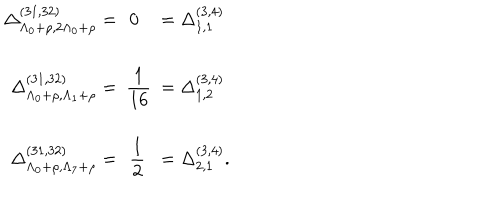
\begin{array} { r c l } { { \Delta _ { \Lambda _ { 0 } + \rho , 2 \Lambda _ { 0 } + \rho } ^ { ( 3 1 , 3 2 ) } = } } & { { \! \! \! 0 \! \! \! } } & { { = \Delta _ { 1 , 1 } ^ { ( 3 , 4 ) } } } \\ { { } } & { { } } & { { } } \\ { { \Delta _ { \Lambda _ { 0 } + \rho , \Lambda _ { 1 } + \rho } ^ { ( 3 1 , 3 2 ) } = } } & { { \displaystyle \! \! \! \frac { 1 } { 1 6 } \! \! \! } } & { { = \Delta _ { 1 , 2 } ^ { ( 3 , 4 ) } } } \\ { { } } & { { } } & { { } } \\ { { \Delta _ { \Lambda _ { 0 } + \rho , \Lambda _ { 7 } + \rho } ^ { ( 3 1 , 3 2 ) } = } } & { { \displaystyle \! \! \! \frac { 1 } { 2 } \! \! \! } } & { { = \Delta _ { 2 , 1 } ^ { ( 3 , 4 ) } . } } \\ \end{array}